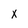
Character: x